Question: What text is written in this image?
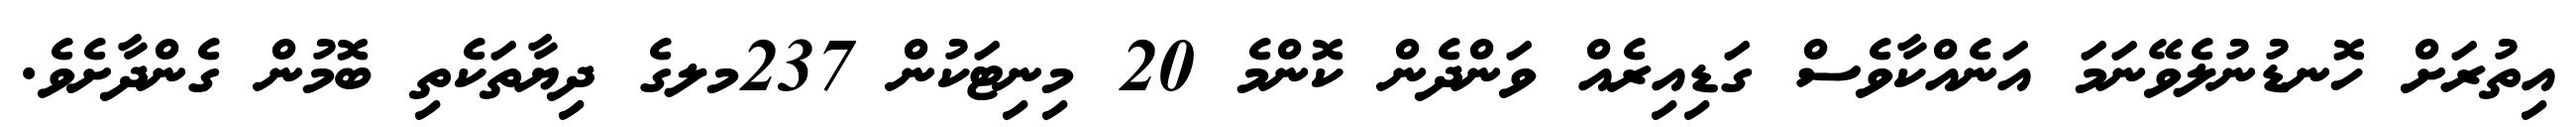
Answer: އިތުރަށް ހޮނޑުނުލެވޭނަމަ އަނެއްކާވެސް ގަޑިއިރެއް ވަންދެން ކޮންމެ 20 މިނިޓަކުން 237މލގެ ދިޔާތަކެތި ބޮމުން ގެންދާށެވެ.